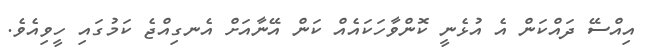
އިއްސޭ ދައްކަން އެ އުޅެނީ ކޮންވާހަކައެއް ކަން އޭނާއަށް އެނގިއްޖެ ކަމުގައި ހީވިއެވެ.